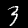
Digit: 3